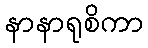
နာနာရုစိကာ